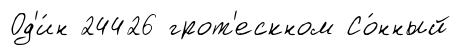
Од'и́н 24426 грот'ескном Со́нный